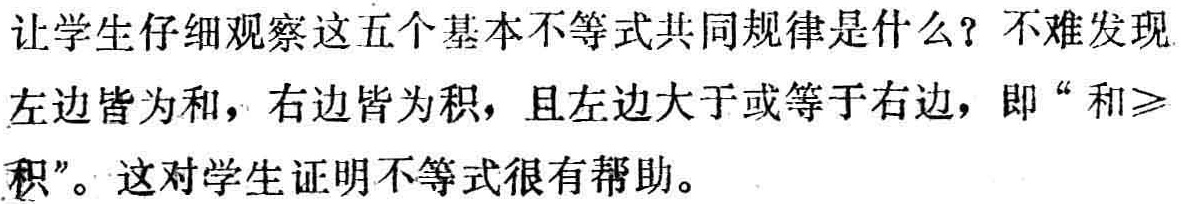
让学生仔细观察这五个基本不等式共同规律是什么？不难发现左边皆为和，右边皆为积，且左边大于或等于右边，即“和$\geqslant$积”。这对学生证明不等式很有帮助。